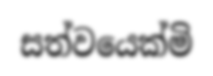
සත්වයෙක්මි